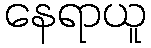
နေရာယူ